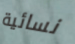
نسائية